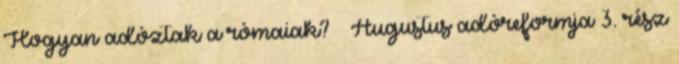
Hogyan adóztak a rómaiak? – Augustus adóreformja 3. rész